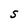
Character: S